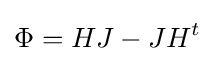
\Phi =HJ-JH^{t}